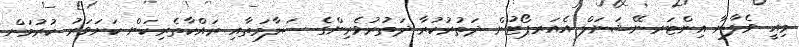
މިއީ ވެލާނާ އިންޓަރނޭޝަނަލް އެއަރޕޯޓުން ދަތުރުކުރާ ދަތުރުވެރިންގެ ސަލާމަތާއި ރައްކާތެރިކަން ކަށަވަރު ކުރުމަށް